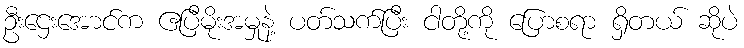
ဦးဌေးအောင်က ဧပြီမိုးအမှုနဲ့ ပတ်သက်ပြီး ငါတို့ကို ပြောစရာ ရှိတယ် ဆိုပဲ